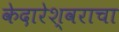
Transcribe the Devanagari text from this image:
केदारेश्वराचा